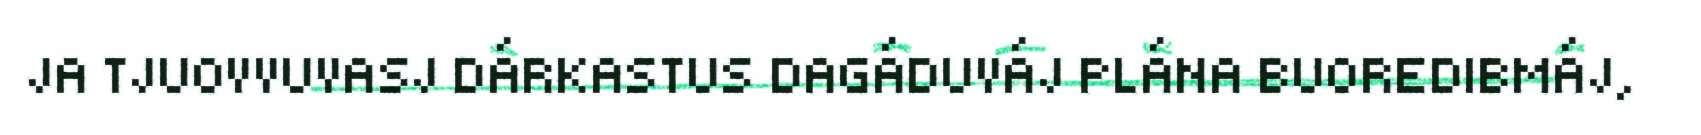
JA TJUOVVUVASJ DÁRKASTUS DAGÁDUVÁJ PLÁNA BUOREDIBMÁJ,